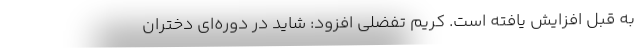
به قبل افزایش یافته است. کریم تفضلی افزود: شاید در دوره‌ای دختران